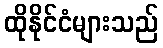
ထိုနိုင်ငံများသည်